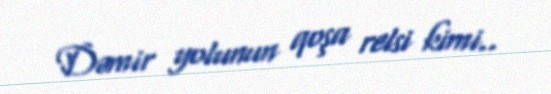
Dəmir yolunun qoşa relsi kimi..